Lunatic asylums United Prov. 1922-30 - 1922-1930
Year: 1922
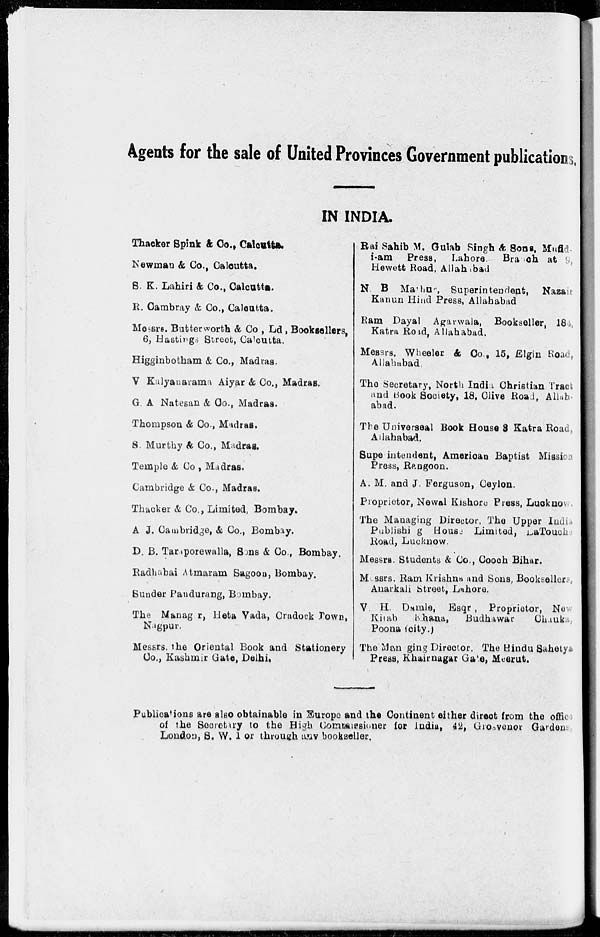
Agents for the sale of United Provinces Government publications.
IN INDIA.
Thacker Spink & Co., Calcutta.
Newman & Co., Calcutta.
S. K. Lahiri & Co., Calcutta.
R. Cambray & Co., Calcutta.
Messrs. Butterworth & Co., Ld, Booksellers,
6, Hastings Street, Calcutta.
Higginbotham & Co., Madras.
V Kalyanarama Aiyar & Co., Madras.
G. A Natesan & Co., Madras.
Thompson & Co., Madras.
S. Murthy & Co., Madras.
Temple & Co , Madras.
Cambridge & Co., Madras.
Thacker & Co., Limited, Bombay.
A J. Cambridge, & Co., Bombay.
D. B. Taraporewalla, Sons & Co., Bombay.
Radhabai Atmaram Sagoon, Bombay.
Sunder Pandurang, Bombay.
The Manager, Heta Vada, Cradock Town,
Nagpur.
Messrs. the Oriental Book and Stationery
Co., Kashmir Gate, Delhi,
Rai Sahib M. Gulab Singh & Sons, Mufid
i-am Press,
Lahore. Branch at 9,
Hewett Road, Allahabad
N. B. Mathur, Superintendent, Nazair
Kanun Hind Press, Allahabad
Ram Dayal Agarwala, Bookseller, 184,
Katra Road, Allahabad.
Messrs. Wheeler & Co., 15, Elgin Road,
Allahabad,
The Secretary, North India Christian Tract
and Book Society, 18, Olive Road, Allah
abad.
The Universeal Book House 3 Katra Road.
Allahabad.
Supe intendent, American Baptist Missies
Press, Rangoon.
A. M. and J. Ferguson, Ceylon.
Proprietor, Newal Kishore Press, Lucknow.
The Managing Director. The Upper Indi -
Publishing House Limited, LaTouch
Road, Lucknow.
Messrs. Students & Co., Cooch Bihar.
Messrs. Ram Krishna and Sons, Booksellers.
Anarkali Street, Lahore.
V. H. Damale, Esqr , Proprietor, New
Kitab
Khana,
Budhawar
Ghauka.
Poona (city.)
The Managing Director. The Hindu Sahetya
Press, Khairnagar Gate, Meerut.
Publications are also obtainable in Europe and the Continent either direct from the office
of the Secretary to the High Commissioner for India, 42, Grosvenor Gardens
London, S. W. 1 or through any bookseller.